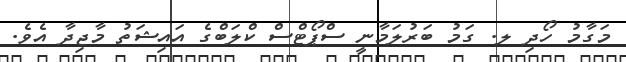
މަގާމު ހޯދި ލ. ގަމު ބަރުލަމާނީ ސްޕޯޓްސް ކްލަބްގެ އައިޝަތު މާޖިދާ އެވެ.